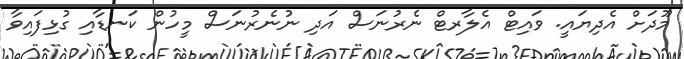
މޫދަށް އެދިޔައީ. ވައިޓް އެލާރޓް ނެރުނަސް އަދި ނުނެރުނަސް މީހުން ކަނޑާއި ގުޅިފައިވާ